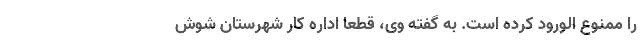
را ممنوع الورود کرده است. به گفته وی، قطعا اداره کار شهرستان شوش